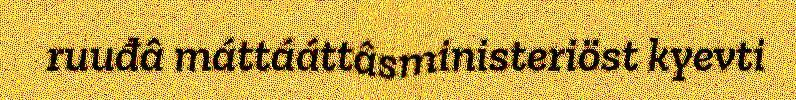
ruuđâ máttááttâsministeriöst kyevti